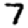
Digit: 7